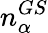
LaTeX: n_{\alpha}^{GS}